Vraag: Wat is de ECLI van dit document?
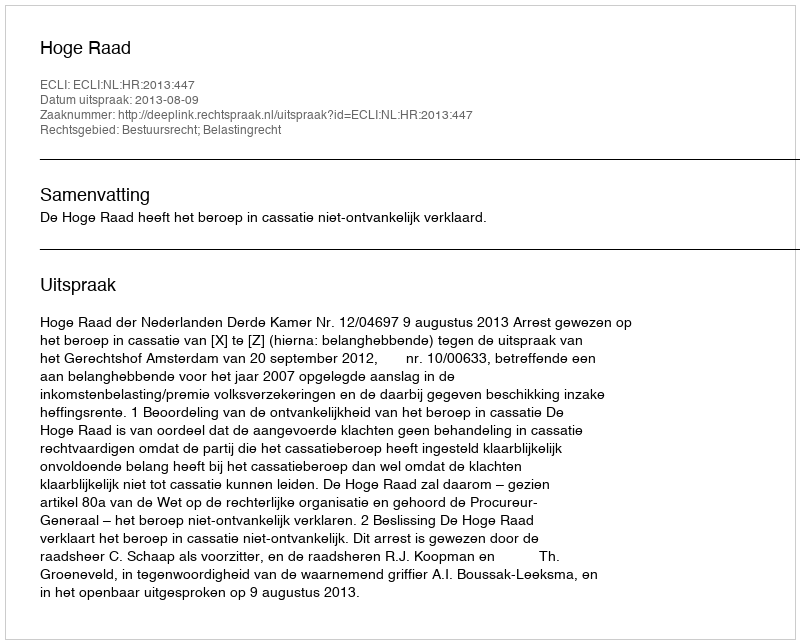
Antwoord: ECLI:NL:HR:2013:447